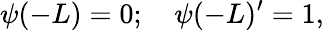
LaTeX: \psi(-L)=0;\quad\psi(-L)^{\prime}=1,